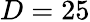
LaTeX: D=25